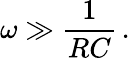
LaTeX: \omega\gg{\frac{1}{RC}}\, .